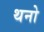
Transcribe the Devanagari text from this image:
थनो